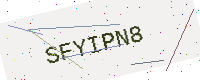
Text: SFYIPN8